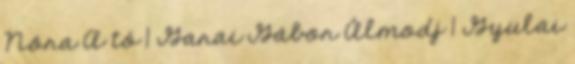
Nóra A tó 1 Garai Gábor Álmodj 1 Gyulai